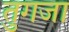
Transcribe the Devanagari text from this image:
तुगजा